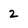
Character: 2